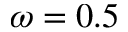
\omega = 0 . 5